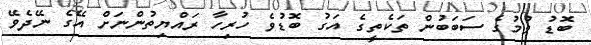
ބޮޑު ވުމުގެ ސަބަބުން ތަކެތީގެ އަގު ބޮޑުވެ ހުރިހާ ރައްޔިތުންނަށް އޭގެ ނޭދެވޭ